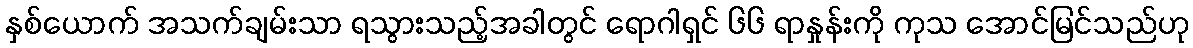
နှစ်ယောက် အသက်ချမ်းသာ ရသွားသည့်အခါတွင် ရောဂါရှင် ၆၆ ရာနှုန်းကို ကုသ အောင်မြင်သည်ဟု